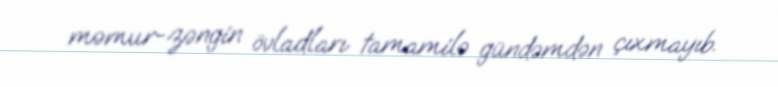
məmur-zəngin övladları tamamilə gündəmdən çıxmayıb.